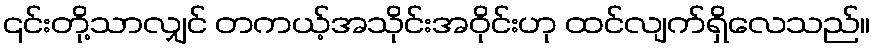
၎င်းတို့သာလျှင် တကယ့်အသိုင်းအဝိုင်းဟု ထင်လျက်ရှိလေသည်။